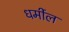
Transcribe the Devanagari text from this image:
धर्मील